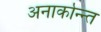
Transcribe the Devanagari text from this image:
अनार्कान्न्त